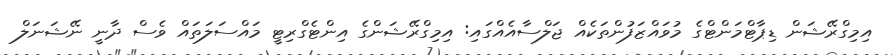
އިމިގްރޭޝަން ޑިޕާޓްމަންޓްގެ މުވައްޒަފުންތަކެއް ޖަލްސާއެއްގައި: އިމިގްރޭޝަންގެ އިންޓެގްރިޓީ މައްސަލަތައް ވެސް ދާނީ ނޭޝަނަލް